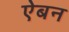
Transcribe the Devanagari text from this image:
ऐबन